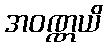
အဝဏ္ဏယိ